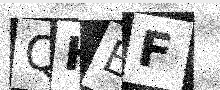
Text: QHEF